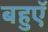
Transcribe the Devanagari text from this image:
बहुएॅ